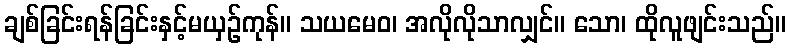
ချစ်ခြင်းရန်ခြင်းနှင့်မယှဉ်ကုန်။ သယမေဝ၊ အလိုလိုသာလျှင်။ သော၊ ထိုလူဖျင်းသည်။